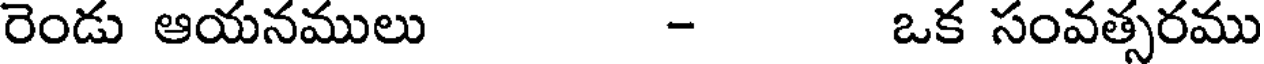
రెండు ఆయనములు - ఒక సంవత్సరము